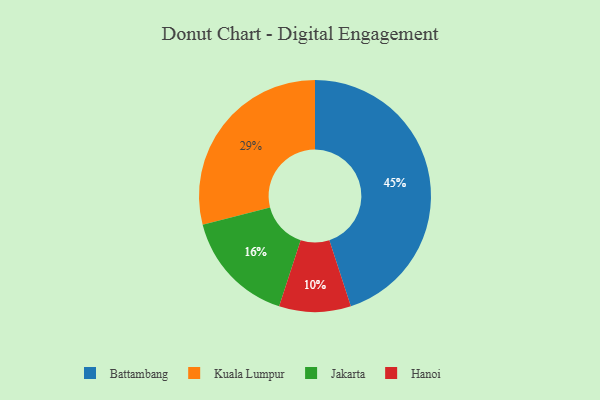
{"axis": {"x": "Category", "y": "Percentage"}, "legend": ["Battambang", "Hanoi", "Jakarta", "Kuala Lumpur"], "data": [{"x": "Jakarta", "y": 16, "type": "Jakarta"}, {"x": "Hanoi", "y": 10, "type": "Hanoi"}, {"x": "Battambang", "y": 45, "type": "Battambang"}, {"x": "Kuala Lumpur", "y": 29, "type": "Kuala Lumpur"}]}